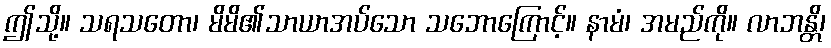
ဤသို့။ သရသတော၊ မိမိ၏သာယာအပ်သော သဘောကြောင့်။ နာမံ၊ အမည်ကို။ လာဘန္တိ၊